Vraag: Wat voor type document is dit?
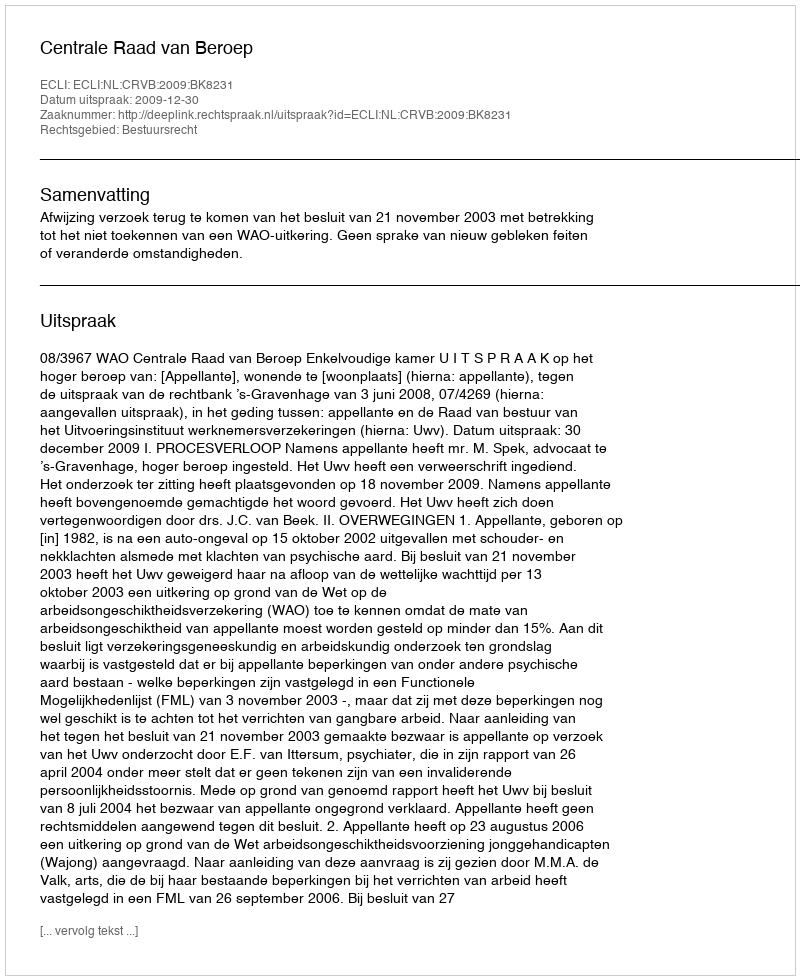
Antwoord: Uitspraak